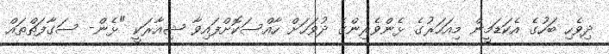
ދިވެހި ބަހުގެ އެކަޑަމީން މިއަހަރުގެ ޅެންވެރިންގެ ދުވަހަށް ހާއްސަކޮށްފައިވާ ޝިއާރަކީ "ޅެން- ސަގާފަތްތައް